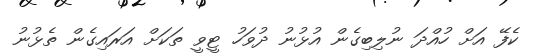
ކެފޭ އަށް ހުއްދަ ނުލިބިގެން އުޅުނު ދުވަހު ޓީވީ ތަކަށް އަރައިގެން ތެޅުނު